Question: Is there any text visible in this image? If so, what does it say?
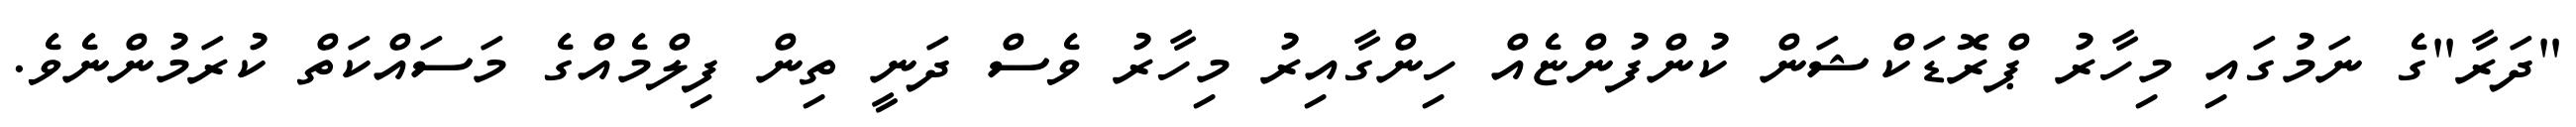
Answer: "ދަރާ"ގެ ނަމުގައި މިހާރު ޕްރޮޑަކްޝަން ކުންފުންޏެއް ހިންގާއިރު މިހާރު ވެސް ދަނީ ތިން ފިލްމެއްގެ މަސައްކަތް ކުރަމުންނެވެ.